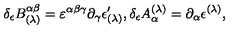
\delta _ { \epsilon } B _ { ( \lambda ) } ^ { \alpha \beta } = \varepsilon ^ { \alpha \beta \gamma } \partial _ { \gamma } \epsilon _ { ( \lambda ) } ^ { \prime } , \delta _ { \epsilon } A _ { \alpha } ^ { ( \lambda ) } = \partial _ { \alpha } \epsilon ^ { ( \lambda ) } ,